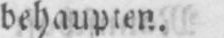
behaupten.